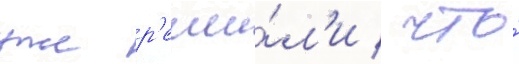
уже р'еши́л'и / что́